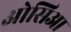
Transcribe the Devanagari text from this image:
ओसिआ